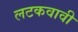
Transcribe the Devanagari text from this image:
लटकवावी